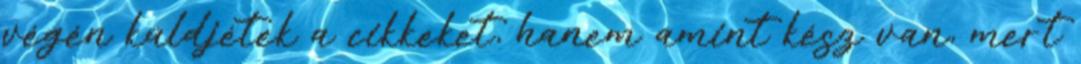
végén küldjétek a cikkeket, hanem amint kész van, mert